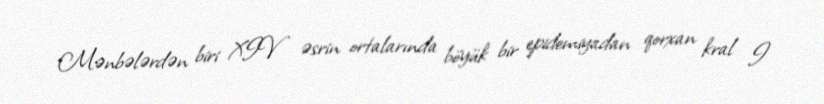
Mənbələrdən biri XIV əsrin ortalarında böyük bir epidemiyadan qorxan kral I